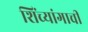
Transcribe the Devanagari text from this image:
शिंच्यांगाची